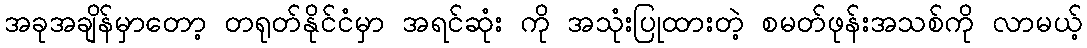
အခုအချိန်မှာတော့ တရုတ်နိုင်ငံမှာ အရင်ဆုံး ကို အသုံးပြုထားတဲ့ စမတ်ဖုန်းအသစ်ကို လာမယ့်